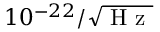
1 0 ^ { - 2 2 } / \sqrt { \mathrm { ~ H ~ z ~ } }